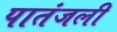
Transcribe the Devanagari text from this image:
पातंजली